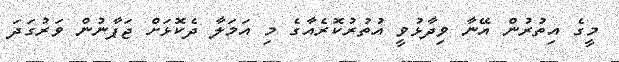
މީގެ އިތުރުން އޭނާ ވިދާޅުވީ އުތުރުކޮރެއާގެ މި އަމަލާ ދެކޮޅަށް ޖަޕާނުން ވަރުގަދަ